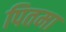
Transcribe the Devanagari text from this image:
पितमा